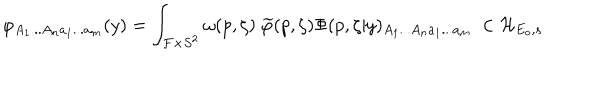
\varphi _ { A _ { 1 } . . . A _ { n } a _ { 1 } . . . a _ { m } } ( y ) = \int _ { { \cal F } \times S ^ { 2 } } \omega ( p , \zeta ) \ \widetilde { \varphi } ( p , \zeta ) \Phi ( p , \zeta | y ) _ { A _ { 1 } . . . A _ { n } a _ { 1 } . . . a _ { m } } \ \in { \cal H } _ { E _ { o } , s }